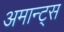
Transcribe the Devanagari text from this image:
अमान्ट्स